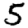
Digit: 5